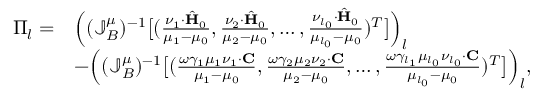
\begin{array} { r l } { \Pi _ { l } = } & { \Big ( ( \mathbb { J } _ { B } ^ { \mu } ) ^ { - 1 } \big [ ( \frac { \nu _ { 1 } \cdot \hat { \mathbf { H } } _ { 0 } } { \mu _ { 1 } - \mu _ { 0 } } , \frac { \nu _ { 2 } \cdot \hat { \mathbf { H } } _ { 0 } } { \mu _ { 2 } - \mu _ { 0 } } , \ldots , \frac { \nu _ { l _ { 0 } } \cdot \hat { \mathbf { H } } _ { 0 } } { \mu _ { l _ { 0 } } - \mu _ { 0 } } ) ^ { T } \big ] \Big ) _ { l } } \\ & { - \Big ( ( \mathbb { J } _ { B } ^ { \mu } ) ^ { - 1 } \big [ ( \frac { \omega \gamma _ { 1 } \mu _ { 1 } \nu _ { 1 } \cdot \mathbf { C } } { \mu _ { 1 } - \mu _ { 0 } } , \frac { \omega \gamma _ { 2 } \mu _ { 2 } \nu _ { 2 } \cdot \mathbf { C } } { \mu _ { 2 } - \mu _ { 0 } } , \ldots , \frac { \omega \gamma _ { l _ { 1 } } \mu _ { l _ { 0 } } \nu _ { l _ { 0 } } \cdot \mathbf { C } } { \mu _ { l _ { 0 } } - \mu _ { 0 } } ) ^ { T } \big ] \Big ) _ { l } , } \end{array}